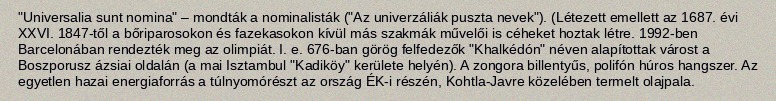
"Universalia sunt nomina" – mondták a nominalisták ("Az univerzáliák puszta nevek"). (Létezett emellett az 1687. évi XXVI. 1847-től a bőriparosokon és fazekasokon kívül más szakmák művelői is céheket hoztak létre. 1992-ben Barcelonában rendezték meg az olimpiát. I. e. 676-ban görög felfedezők "Khalkédón" néven alapítottak várost a Boszporusz ázsiai oldalán (a mai Isztambul "Kadiköy" kerülete helyén). A zongora billentyűs, polifón húros hangszer. Az egyetlen hazai energiaforrás a túlnyomórészt az ország ÉK-i részén, Kohtla-Javre közelében termelt olajpala.